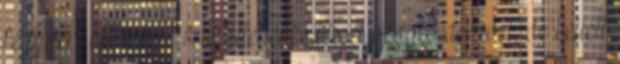
fegyvert a többiek felé hitetlenkedéssel vegyes derűvel, de kellett